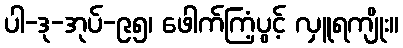
ပါ-ဒု-အုပ်-၉၅၊ ဖေါက်ကြံ့ပွင့် လှူရကျိုး။